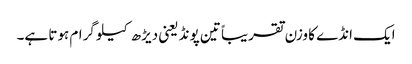
ایک انڈے کا وزن تقریباً تین پونڈ یعنی دیڑھ کیلو گرام ہوتا ہے۔